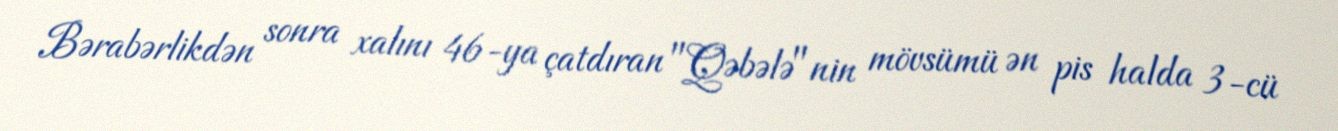
Bərabərlikdən sonra xalını 46-ya çatdıran "Qəbələ"nin mövsümü ən pis halda 3-cü